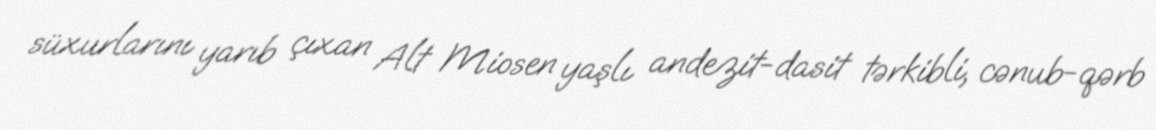
süxurlarını yarıb çıxan Alt Miosen yaşlı andezit-dasit tərkibli, cənub-qərb